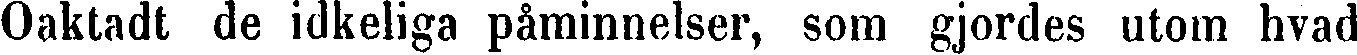
Oaktadt de idkeliga påminnelser, som gjordes utom hvad